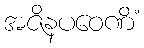
အဇိနပဝေဏိံ